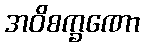
အဝိစက္ခဏော